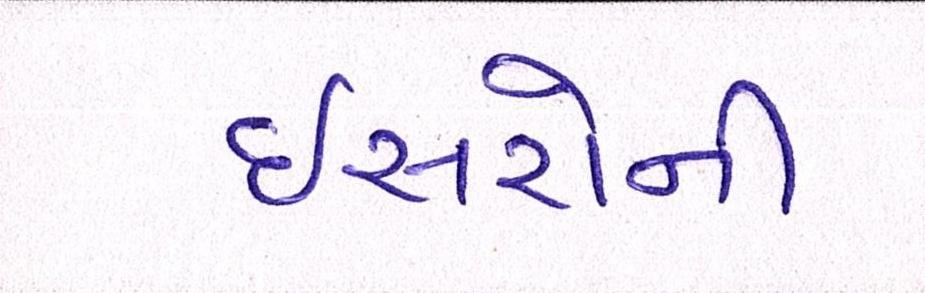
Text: ઇસરોની